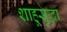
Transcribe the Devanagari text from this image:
शाहूसुद्धा